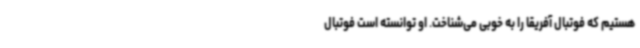
هستیم که فوتبال آفریقا را به خوبی می‌شناخت. او توانسته است فوتبال